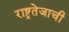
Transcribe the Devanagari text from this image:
राष्ट्रतेजाची